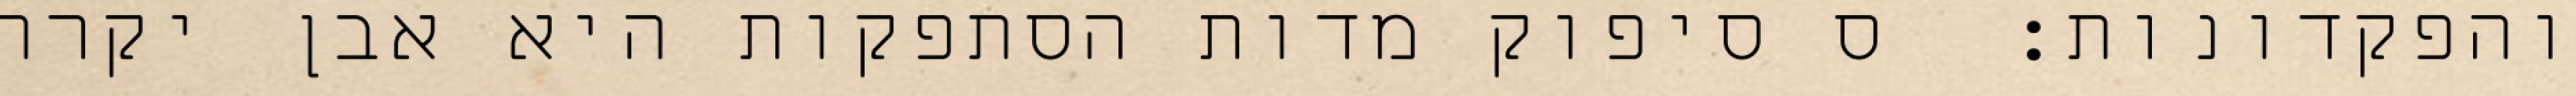
והפקדונות:  ס סיפוק מדות הסתפקות היא אבן יקרה